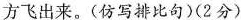
方飞出来。(仿写排比句)(2分)